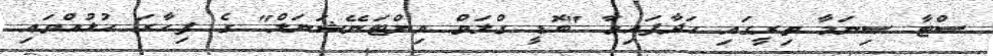
ސްޓާ ސިނަމާ ތިރީގައި ހަދާފައިވާ "ބޮޑީ ގްލަވް އިންޓަނޭޝަނަލް" ގެ ފިހާރަ ހުޅުއްވައި